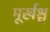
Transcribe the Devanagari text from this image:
मूर्खश्च